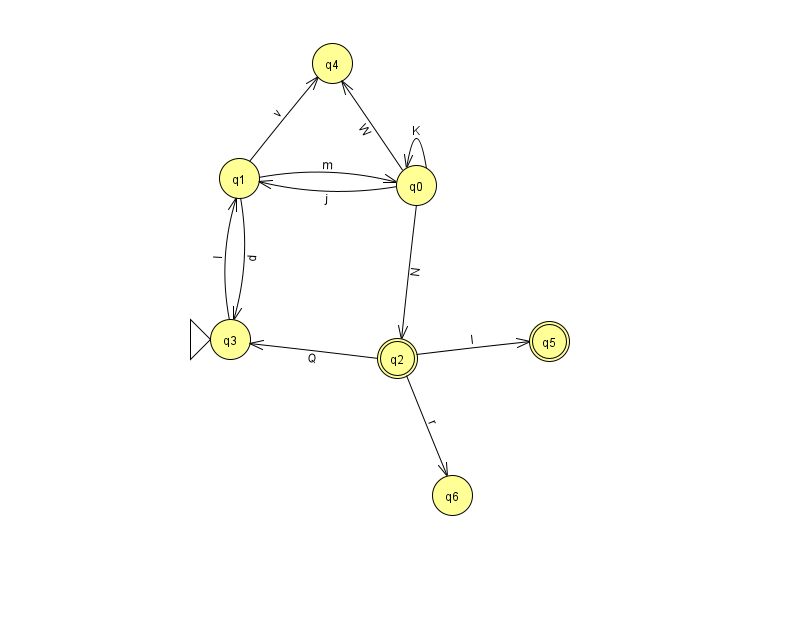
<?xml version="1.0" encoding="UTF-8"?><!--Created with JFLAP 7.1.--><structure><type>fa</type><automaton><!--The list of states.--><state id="0" name="q0"><x>416.0</x><y>172.0</y></state><state id="1" name="q1"><x>239.0</x><y>165.0</y></state><state id="2" name="q2"><x>397.0</x><y>345.0</y><final/></state><state id="3" name="q3"><x>230.0</x><y>326.0</y><initial/></state><state id="4" name="q4"><x>332.0</x><y>50.0</y></state><state id="5" name="q5"><x>549.0</x><y>328.0</y><final/></state><state id="6" name="q6"><x>452.0</x><y>482.0</y></state><!--The list of transitions.--><transition><from>0</from><to>1</to><read>j</read></transition><transition><from>1</from><to>3</to><read>d</read></transition><transition><from>0</from><to>2</to><read>N</read></transition><transition><from>0</from><to>4</to><read>W</read></transition><transition><from>2</from><to>3</to><read>Q</read></transition><transition><from>2</from><to>5</to><read>I</read></transition><transition><from>1</from><to>0</to><read>m</read></transition><transition><from>1</from><to>4</to><read>v</read></transition><transition><from>3</from><to>1</to><read>l</read></transition><transition><from>0</from><to>0</to><read>K</read></transition><transition><from>2</from><to>6</to><read>r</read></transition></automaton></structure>